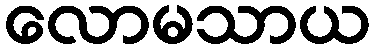
လောမသာယ